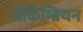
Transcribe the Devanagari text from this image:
प्रीकैम्ब्रियन